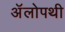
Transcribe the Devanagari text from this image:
अॅलोपथी